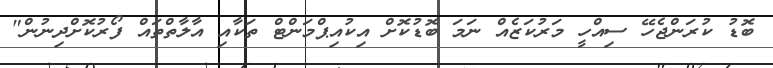
ބޮޑު ކުރަންޖެހޭ ސިއްހީ މަރުކަޒެއް ނަމަ ބޮޑުކޮށް އިކުއިޕްމަންޓް ތަކާއި އާލާތްތައް ފޯރުކޮށްދިނުން"